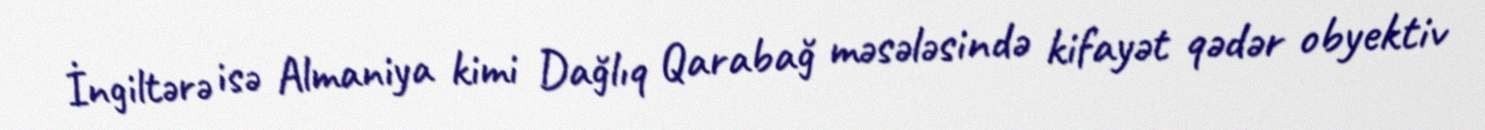
İngiltərə isə Almaniya kimi Dağlıq Qarabağ məsələsində kifayət qədər obyektiv